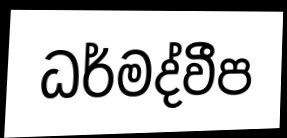
ධර්මද්වීප